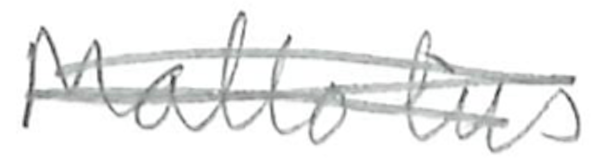
Text: Mallotus
Cross-out: scratch
Writing tool: pencil